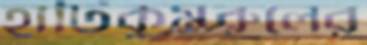
হাটিকুমরুলের